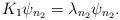
LaTeX: \begin{align*}K_1\psi_{n_2}=\lambda_{n_2}\psi_{n_2}.\end{align*}